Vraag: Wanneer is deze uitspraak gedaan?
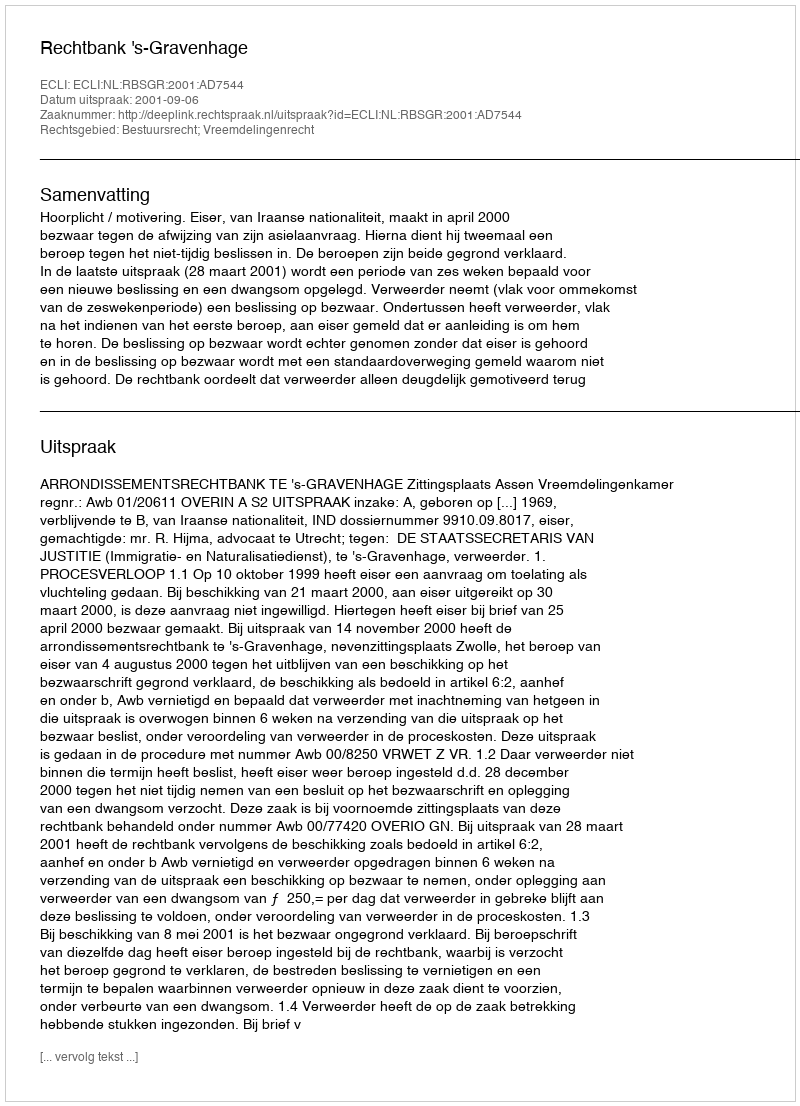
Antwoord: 2001-09-06